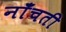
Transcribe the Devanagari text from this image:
नाँचती